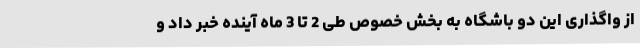
از واگذاری این دو باشگاه به بخش خصوص طی 2 تا 3 ماه آینده خبر داد و